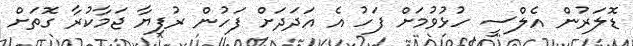
ޑޮލަރުން އެލްސީ ހުޅުވުމަށް ފަހު އެ އަދަދަށް ފަހުން ރުފިޔާ ޖަމާކުރާ ގޮތަށް